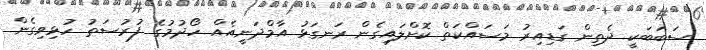
ސަބަބަކީ ދެތިން ގަޑިއިރު މަސައްކަތް ކޮށްލައިގެން ރަނގަޅު އާމްދަނީއެއް ހޯދުމުގެ ފުރުސަތު ހުޅިވިގެން